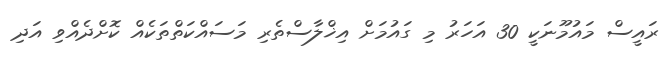
ރައީސް މައުމޫނަކީ 30 އަހަރު މި ގައުމަށް އިޚްލާސްތެރި މަސައްކަތްތަކެއް ކޮށްދެއްވި އަދި